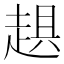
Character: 𧻾